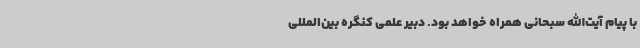
با پیام آیت‌الله سبحانی همراه خواهد بود. دبیر علمی کنگره بین‌المللی